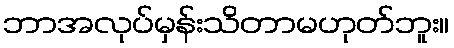
ဘာအလုပ်မှန်းသိတာမဟုတ်ဘူး။